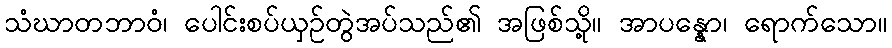
သံဃာတဘာဝံ၊ ပေါင်းစပ်ယှဉ်တွဲအပ်သည်၏ အဖြစ်သို့။ အာပန္နော၊ ရောက်သော။